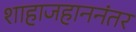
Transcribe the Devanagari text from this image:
शाहाजहाननंतर